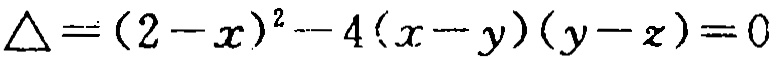
\(\triangle =(2 - x)^{2}-4(x - y)(y - z)=0\)